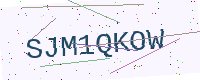
Text: SJM1QKOW